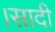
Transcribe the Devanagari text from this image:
।सादी